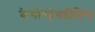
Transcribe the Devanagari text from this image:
केनोरहेबडीटिस